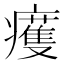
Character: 𤻙